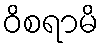
ဝိစရာမိ